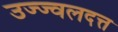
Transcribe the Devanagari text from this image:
उज्ज्वलदत्त